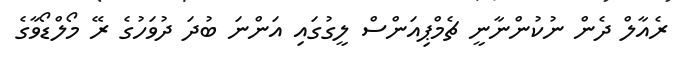
ރެއާލް ދެން ނުކުންނާނީ ޗެމްޕިއަންސް ލީގުގައި އަންނަ ބުދަ ދުވަހުގެ ރޭ މޯލްޑޯވާގެ